Leaving Certificate Examination (including Day School Certificate (Higher) General paper), 1931
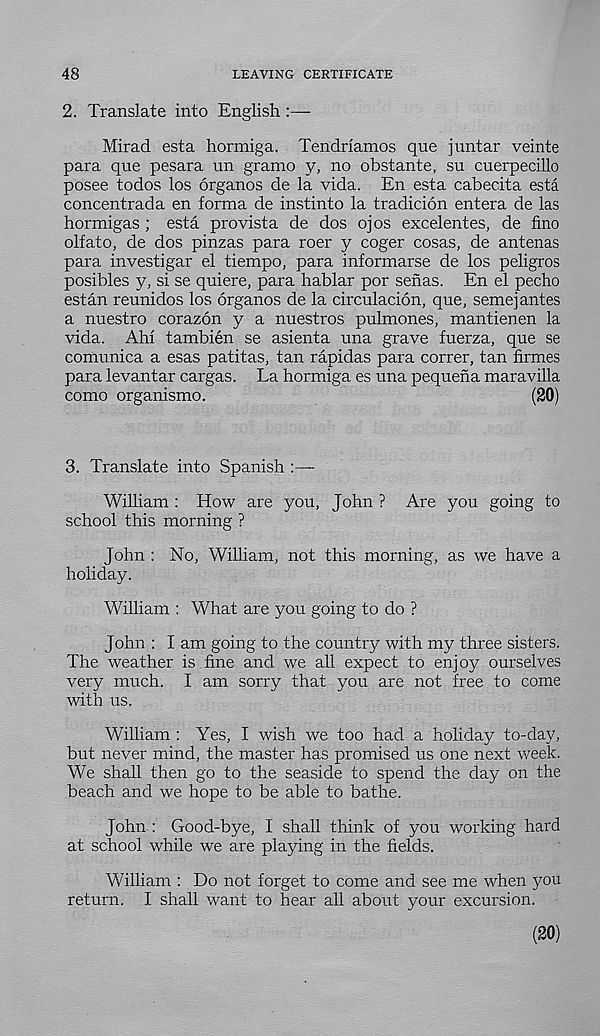
48
LEAVING CERTIFICATE
2. Translate into English
Mirad esta hormiga. Tendriamos que j untar veinte
para que pesara un gramo y, no obstante, su cuerpecillo
posee todos los organos de la vida. En esta cabecita esta
concentrada en forma de instinto la tradicion entera de las
hormigas ; esta pro vista de dos ojos excelentes, de fino
olfato, de dos pinzas para roer y coger cosas, de antenas
para investigar el tiempo, para informarse de los peligros
posibles y, si se quiere, para hablar por senas. En el pecho
estan reunidos los organos de la circulation, que, semej antes
a nuestro corazon y a nuestros pulmones, mantienen la
vida. Ahi tambien se asienta una grave fuerza, que se
comunica a esas patitas, tan rapidas para correr, tan firmes
para levantar cargas. La hormiga es una pequefia maravilla
como organismo.
(20)
3. Translate into Spanish :—
William : How are you, John ? Are you going to
school this morning ?
John : No, William, not this morning, as we have a
holiday.
William : What are you going to do ?
John : I am going to the country with my three sisters.
The weather is fine and we ah expect to enjoy ourselves
very much. I am sorry that you are not free to come
with us.
William : Yes, I wish we too had a holiday to-day,
but never mind, the master has promised us one next week.
We shall then go to the seaside to spend the day on the
beach and we hope to be able to bathe.
John : Good-bye, I shah think of you working hard
at school while we are playing in the fields.
William : Do not forget to come and see me when you
return. I shall want to hear all about your excursion.
(20)